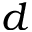
d